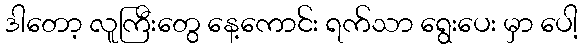
ဒါတော့ လူကြီးတွေ နေ့ကောင်း ရက်သာ ရွေးပေး မှာ ပေါ့